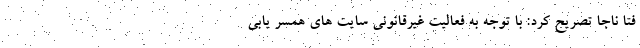
فتا ناجا تصریح کرد: با توجه به فعالیت غیرقانونی سایت های همسر یابی